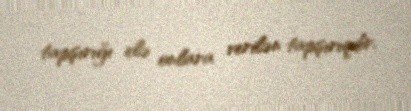
tapşırığı elə onlara verilən tapşırıqdır.